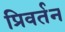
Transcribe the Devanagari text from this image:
प्रिवर्तन